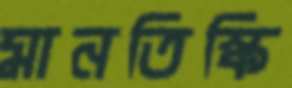
মানতিস্কি